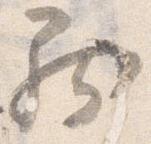
罷